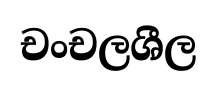
චංචලශීල